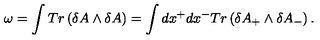
\omega = \int T r \left( \delta A \wedge \delta A \right) = \int d x ^ { + } d x ^ { - } T r \left( \delta A _ { + } \wedge \delta A _ { - } \right) .